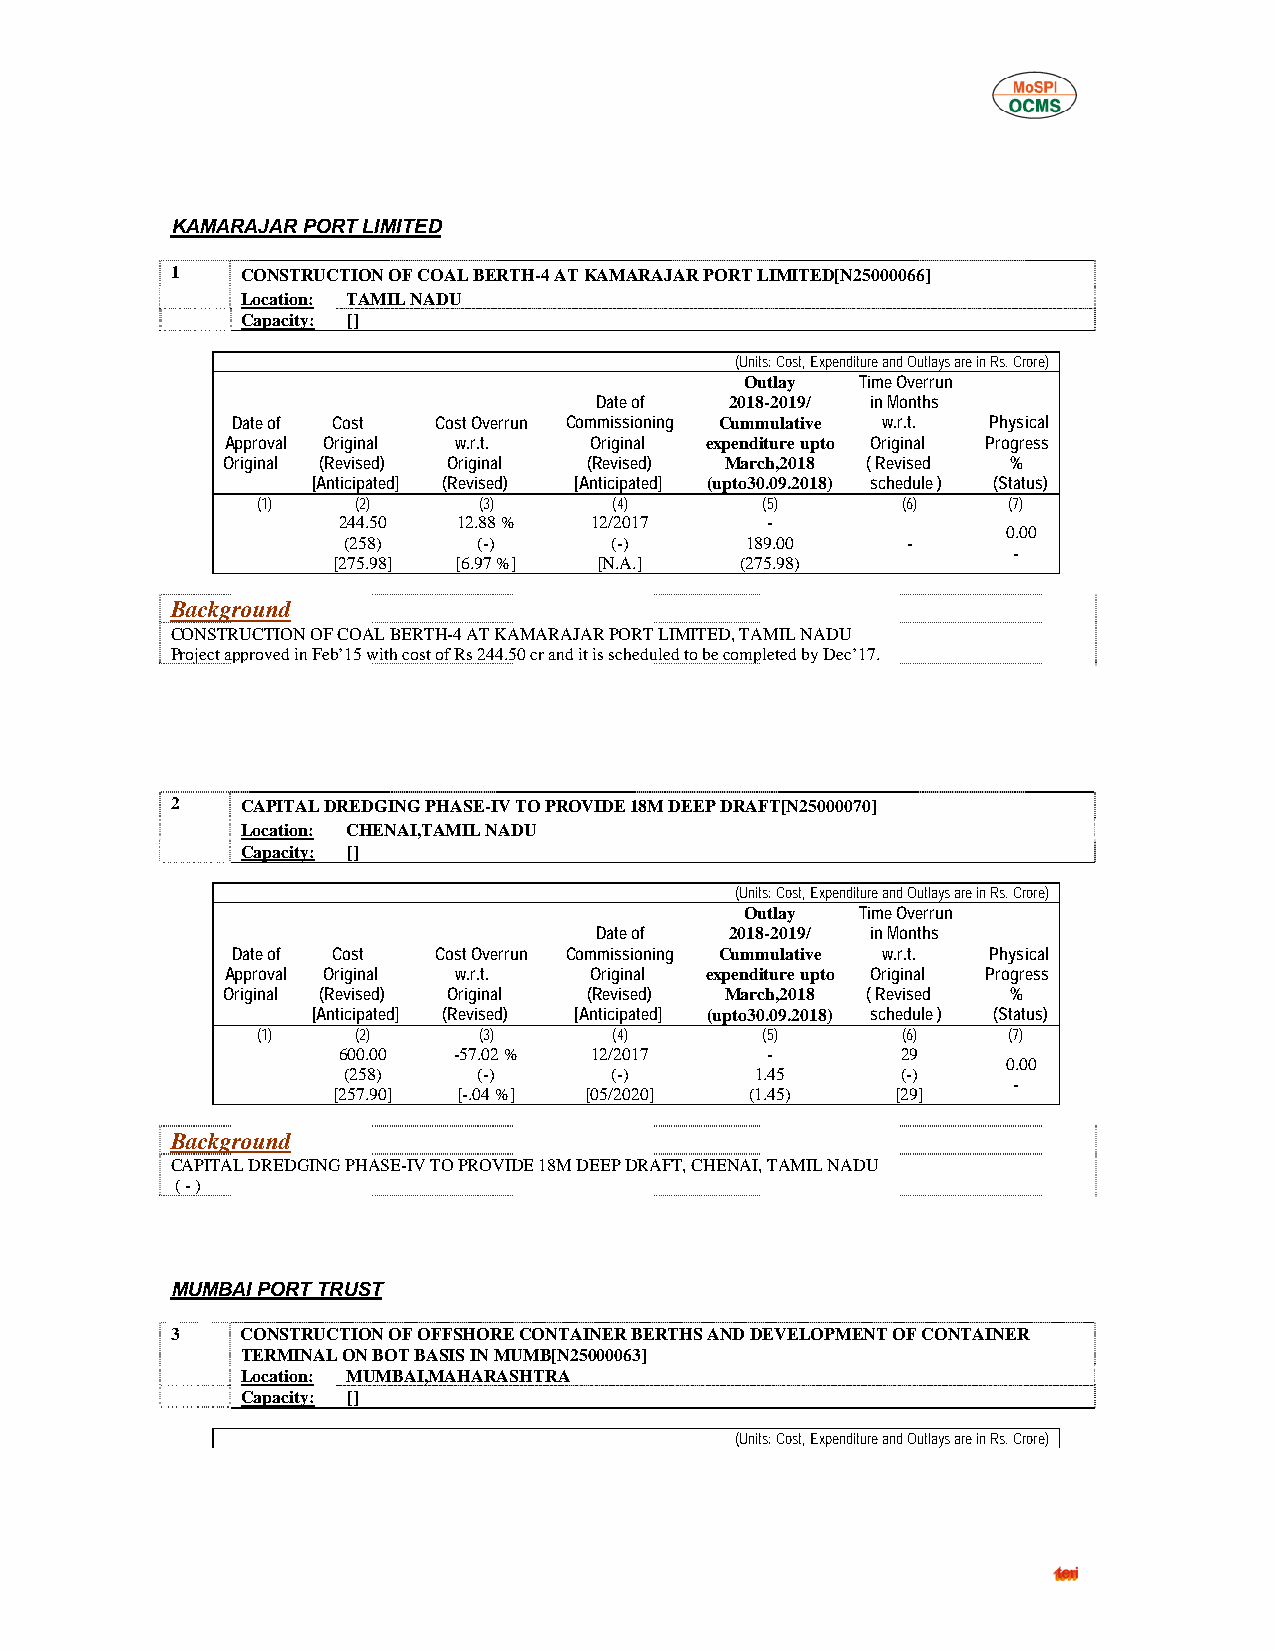
KAMARAJAR PORT LIMITED
 1    CONSTRUCTION OF COAL BERTH-4 AT KAMARAJAR PORT LIMITED[N25000066]
 Location: TAMIL NADU
 Capacity: []
 (Units: Cost, Expenditure and Outlays are in Rs. Crore)
 Outlay  Time Overrun
 Date of  2018-2019/ in Months
 Date of Cost  Cost Overrun Commissioning Cummulative w.r.t. Physical
 Approval Original w.r.t. Original expenditure upto Original Progress
 Original (Revised) Original (Revised) March,2018 ( Revised %
 [Anticipated] (Revised) [Anticipated] (upto30.09.2018) schedule ) (Status)
 (1)    (2)     (3)      (4)      (5)       (6)    (7)
 244.50  12.88 %  12/2017     -
 0.00
 (258)    (-)     (-)      189.00     -
 -
 [275.98] [6.97 %] [N.A.]   (275.98)
 Background
 CONSTRUCTION OF COAL BERTH-4 AT KAMARAJAR PORT LIMITED, TAMIL NADU
 Project approved in Feb’15 with cost of Rs 244.50 cr and it is scheduled to be completed by Dec’17.
 2    CAPITAL DREDGING PHASE-IV TO PROVIDE 18M DEEP DRAFT[N25000070]
 Location: CHENAI,TAMIL NADU
 Capacity: []
 (Units: Cost, Expenditure and Outlays are in Rs. Crore)
 Outlay  Time Overrun
 Date of  2018-2019/ in Months
 Date of Cost  Cost Overrun Commissioning Cummulative w.r.t. Physical
 Approval Original w.r.t. Original expenditure upto Original Progress
 Original (Revised) Original (Revised) March,2018 ( Revised %
 [Anticipated] (Revised) [Anticipated] (upto30.09.2018) schedule ) (Status)
 (1)    (2)     (3)      (4)      (5)       (6)    (7)
 600.00  -57.02 % 12/2017     -        29
 0.00
 (258)    (-)     (-)       1.45      (-)
 -
 [257.90] [-.04 %] [05/2020] (1.45)   [29]
 Background
 CAPITAL DREDGING PHASE-IV TO PROVIDE 18M DEEP DRAFT, CHENAI, TAMIL NADU
 ( - )
 MUMBAI PORT TRUST
 3    CONSTRUCTION OF OFFSHORE CONTAINER BERTHS AND DEVELOPMENT OF CONTAINER
 TERMINAL ON BOT BASIS IN MUMB[N25000063]
 Location: MUMBAI,MAHARASHTRA
 Capacity: []
 (Units: Cost, Expenditure and Outlays are in Rs. Crore)